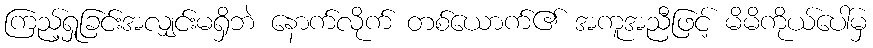
ကြည့်ရှုခြင်းအလျှင်းမရှိဘဲ နောက်လိုက် တစ်ယောက်၏ အကူအညီဖြင့် မိမိကိုယ်ပေါ်မှ